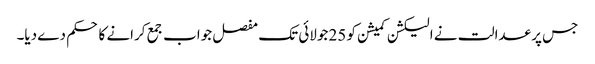
جس پر عدالت نے الیکشن کمیشن کو 25 جولائی تک مفصل جواب جمع کرانے کا حکم دے دیا۔